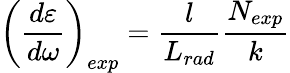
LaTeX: \left(\frac{d\varepsilon}{d\omega}\right)_{exp}=\frac{l}{L_{rad}}\frac{N_{exp}}{k}